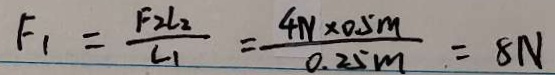
F _ { 1 } = \frac { F _ { 2 } l _ { 2 } } { L _ { 1 } } = \frac { 4 N \times 0 . 5 m } { 0 . 2 5 m } = 8 N